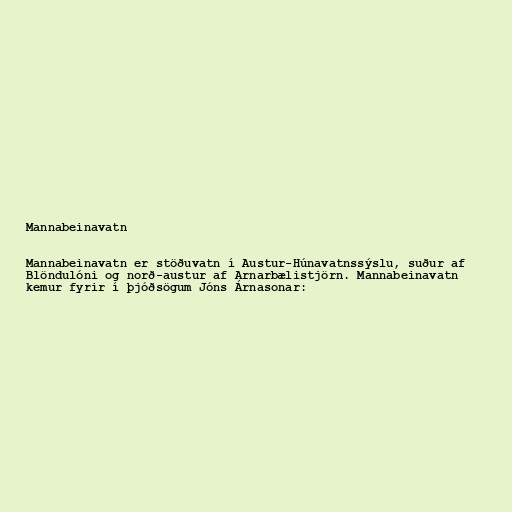
Mannabeinavatn

Mannabeinavatn er stöðuvatn í Austur-Húnavatnssýslu, suður af
Blöndulóni og norð-austur af Arnarbælistjörn. Mannabeinavatn
kemur fyrir í þjóðsögum Jóns Árnasonar: